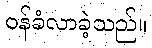
ဝန်ခံလာခဲ့သည်။